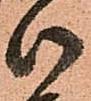
御